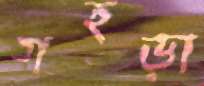
গহড়া